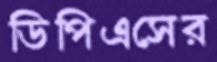
ডিপিএসের